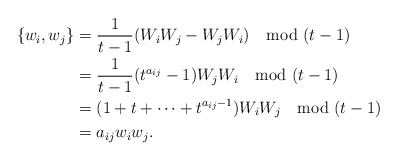
\begin{align*}\{w_i,w_j\} &= \frac{1}{t-1}(W_iW_j - W_jW_i) \mod (t-1) \\&= \frac{1}{t-1}(t^{a_{ij}}-1)W_jW_i \mod (t-1)\\&= (1 + t + \dots + t^{a_{ij}-1})W_iW_j \mod (t-1) \\&= a_{ij}w_iw_j.\end{align*}